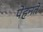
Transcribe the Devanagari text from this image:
पेहनते